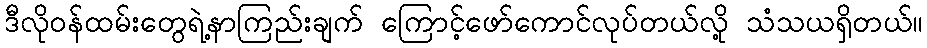
ဒီလိုဝန်ထမ်းတွေရဲ့နာကြည်းချက် ကြောင့်ဖော်ကောင်လုပ်တယ်လို့ သံသယရှိတယ်။